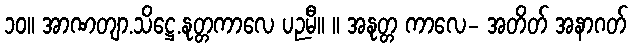
၁၀။ အာဏတျာ.သိဋ္ဌေ.နုတ္တကာလေ ပဉမီ။ ။ အနုတ္တ ကာလေ- အတိတ် အနာဂတ်